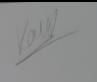
Signature authenticity: genuine